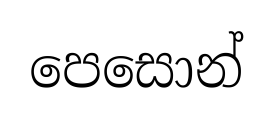
පෙසොන්